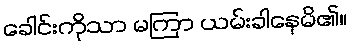
ခေါင်းကိုသာ မကြာ ယမ်းခါနေမိ၏။